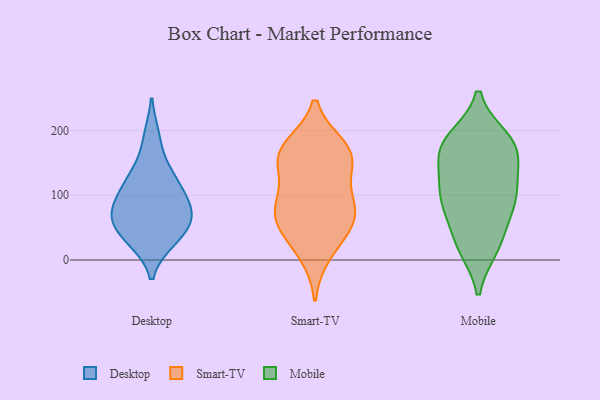
{"axis": {"x": "Backlog", "y": "Value"}, "legend": ["Desktop", "Mobile", "Smart-TV"], "data": [{"x": "", "y": 74, "type": "Desktop"}, {"x": "", "y": 107, "type": "Desktop"}, {"x": "", "y": 29, "type": "Desktop"}, {"x": "", "y": 29, "type": "Desktop"}, {"x": "", "y": 191, "type": "Desktop"}, {"x": "", "y": 75, "type": "Desktop"}, {"x": "", "y": 102, "type": "Desktop"}, {"x": "", "y": 49, "type": "Desktop"}, {"x": "", "y": 125, "type": "Desktop"}, {"x": "", "y": 61, "type": "Desktop"}, {"x": "", "y": 70, "type": "Desktop"}, {"x": "", "y": 142, "type": "Desktop"}, {"x": "", "y": 98, "type": "Smart-TV"}, {"x": "", "y": 42, "type": "Smart-TV"}, {"x": "", "y": 74, "type": "Smart-TV"}, {"x": "", "y": 163, "type": "Smart-TV"}, {"x": "", "y": 156, "type": "Smart-TV"}, {"x": "", "y": 168, "type": "Smart-TV"}, {"x": "", "y": 174, "type": "Smart-TV"}, {"x": "", "y": 10, "type": "Smart-TV"}, {"x": "", "y": 76, "type": "Smart-TV"}, {"x": "", "y": 149, "type": "Smart-TV"}, {"x": "", "y": 82, "type": "Smart-TV"}, {"x": "", "y": 53, "type": "Smart-TV"}, {"x": "", "y": 28, "type": "Mobile"}, {"x": "", "y": 152, "type": "Mobile"}, {"x": "", "y": 84, "type": "Mobile"}, {"x": "", "y": 163, "type": "Mobile"}, {"x": "", "y": 187, "type": "Mobile"}, {"x": "", "y": 178, "type": "Mobile"}, {"x": "", "y": 86, "type": "Mobile"}, {"x": "", "y": 179, "type": "Mobile"}, {"x": "", "y": 84, "type": "Mobile"}, {"x": "", "y": 182, "type": "Mobile"}, {"x": "", "y": 129, "type": "Mobile"}, {"x": "", "y": 103, "type": "Mobile"}, {"x": "", "y": 20, "type": "Mobile"}, {"x": "", "y": 106, "type": "Mobile"}, {"x": "", "y": 25, "type": "Mobile"}]}